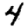
Digit: 4